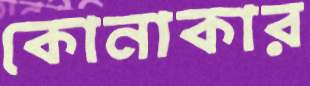
কোনাকার